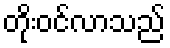
တိုးဝင်လာသည်